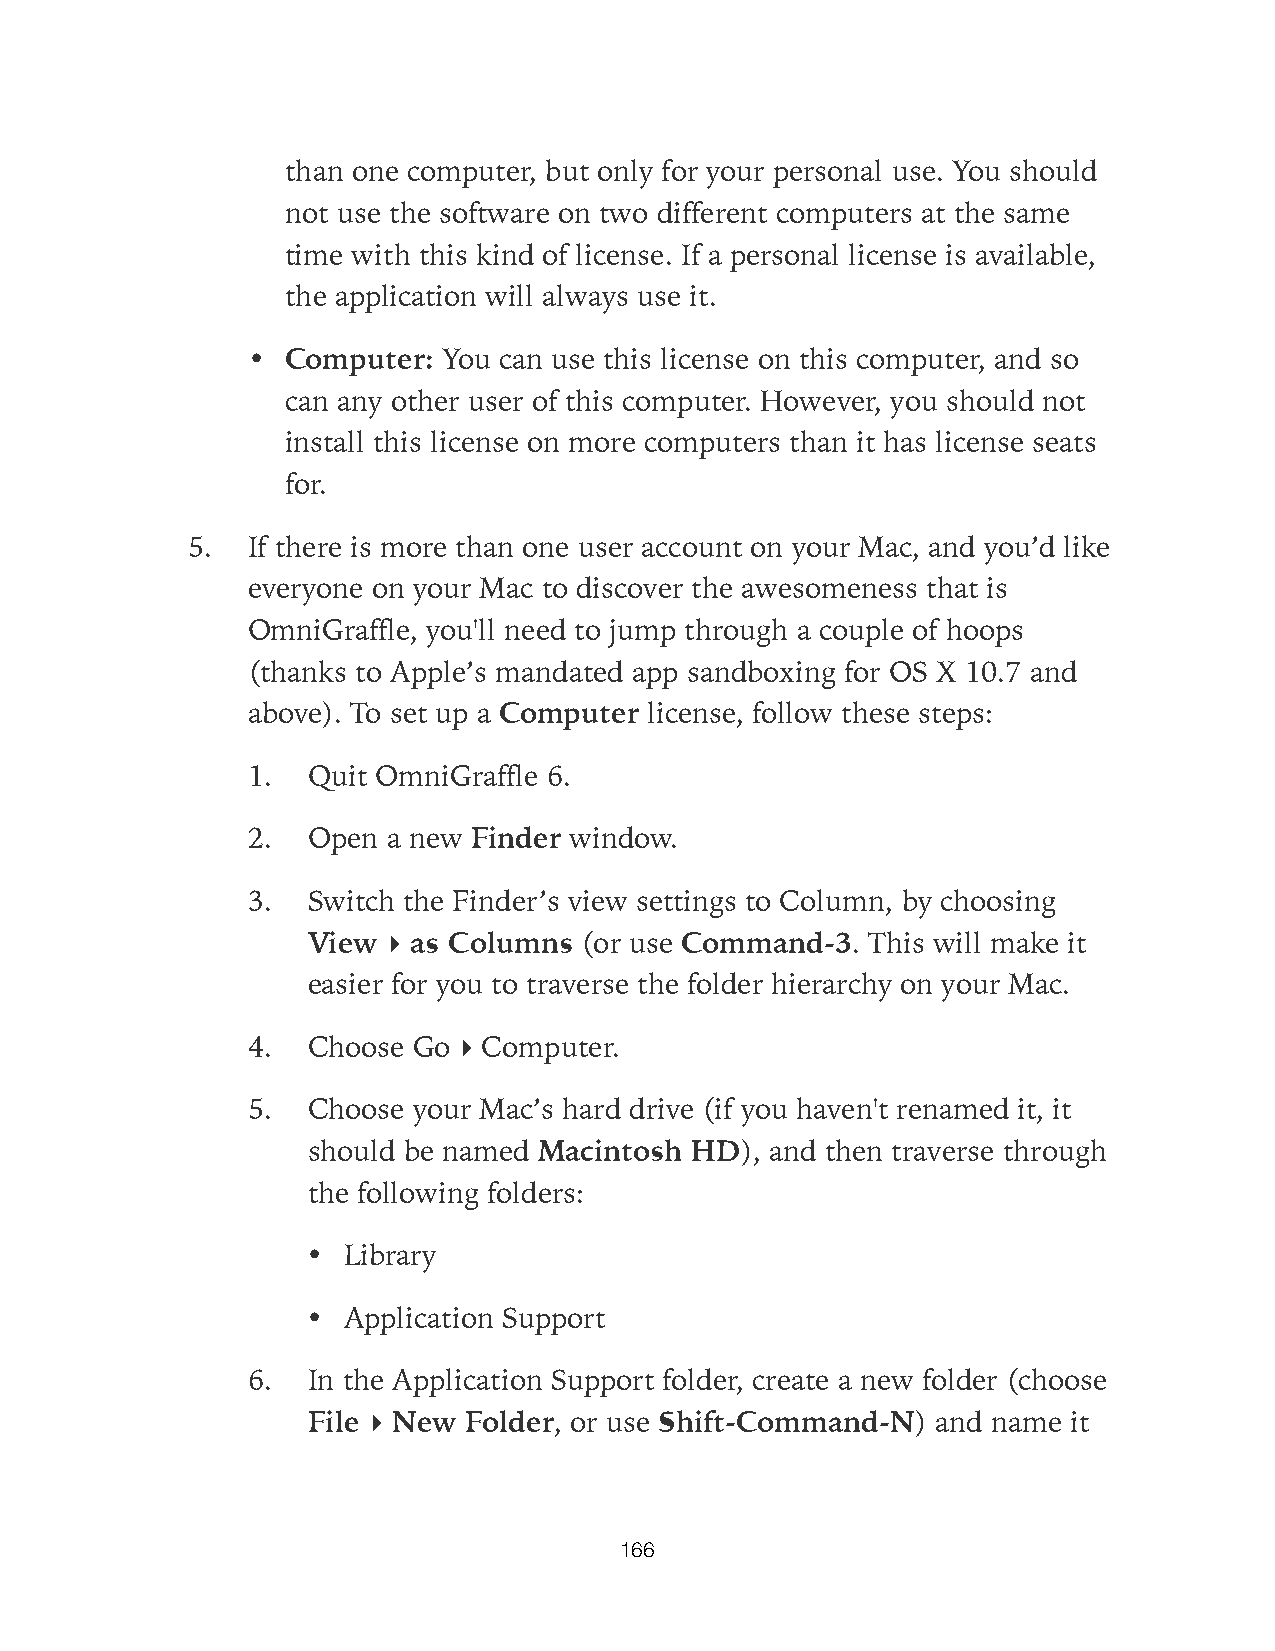
than one computer, but only for your personal use. You should
 not use the software on two different computers at the same
 time with this kind of license. If a personal license is available,
 the application will always use it.
 •  Computer: You can use this license on this computer, and so
 can any other user of this computer. However, you should not
 install this license on more computers than it has license seats
 for.
 5.  If there is more than one user account on your Mac, and you’d like
 everyone on your Mac to discover the awesomeness that is
 OmniGraffle, you'll need to jump through a couple of hoops
 (thanks to Apple’s mandated app sandboxing for OS X 10.7 and
 above). To set up a Computer license, follow these steps:
 1.  Quit OmniGraffle 6.
 2.  Open  a new Finder window.
 3.  Switch the Finder’s view settings to Column, by choosing
 View  ▸ as Columns (or use Command-3. This will make it
 easier for you to traverse the folder hierarchy on your Mac.
 4.  Choose Go ▸ Computer.
 5.  Choose your Mac’s hard drive (if you haven't renamed it, it
 should be named Macintosh HD), and then traverse through
 the following folders:
 •  Library
 •  Application Support
 6.  In the Application Support folder, create a new folder (choose
 File ▸ New Folder, or use Shift-Command-N) and name it
 166